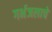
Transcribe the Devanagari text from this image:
गर्भजलाचे